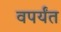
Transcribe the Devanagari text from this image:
वपर्यंत